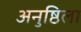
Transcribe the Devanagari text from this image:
अनुष्ठिला